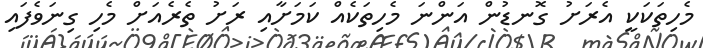
މެހިތަކަކީ އެރަށު ގޮނޑުން އަންނަ މެހިތަކެއް ކަމަށާއި ރަށު ތެރެއަށް މެހި ގިނަވެފައި